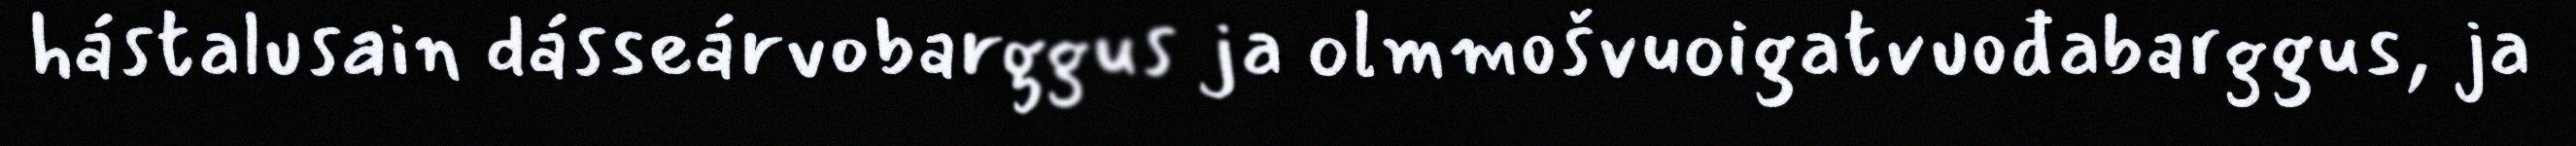
hástalusain dásseárvobarggus ja olmmošvuoigatvuođabarggus, ja